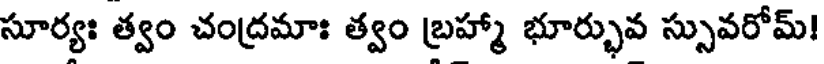
సూర్యః త్వం చంద్రమాః త్వం బ్రహ్మా భూర్భువ స్సువరోమ్!